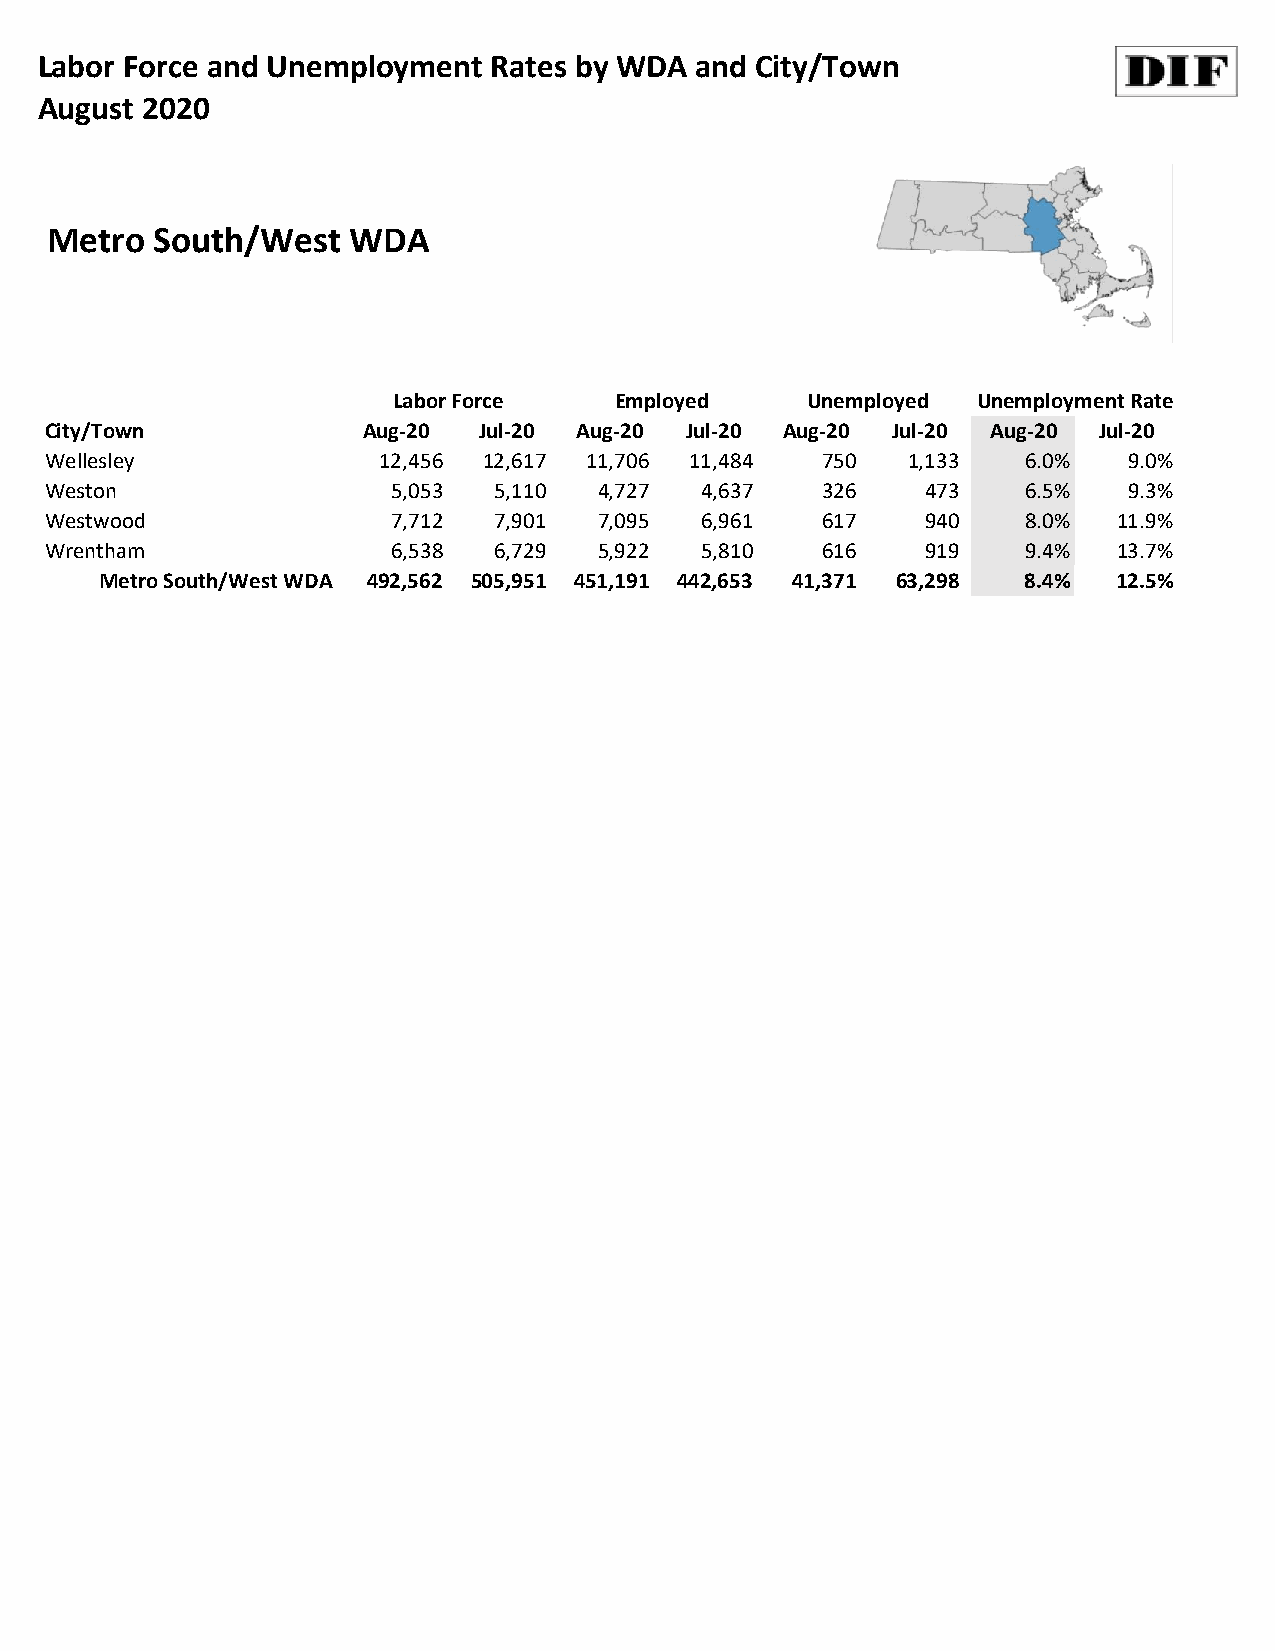
Labor Force and Unemployment  Rates by WDA and City/Town
 August 2020
 Metro  South/West   WDA
 Labor Force    Employed    Unemployed  Unemployment Rate
 City/Town            Aug-20  Jul-20 Aug-20 Jul-20 Aug-20 Jul-20 Aug-20 Jul-20
 Wellesley             12,456 12,617 11,706 11,484  750   1,133   6.0%   9.0%
 Weston                 5,053  5,110  4,727 4,637   326    473    6.5%   9.3%
 Westwood               7,712  7,901  7,095 6,961   617    940    8.0%  11.9%
 Wrentham               6,538  6,729  5,922 5,810   616    919    9.4%  13.7%
 Metro South/West WDA 492,562 505,951 451,191 442,653 41,371 63,298 8.4% 12.5%